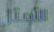
الأمثل